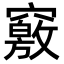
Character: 竅